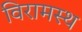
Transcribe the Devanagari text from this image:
विरामस्थ